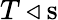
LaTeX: T\triangleleft{\mathrm{s}}